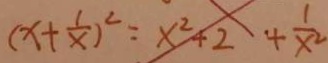
( x + \frac { 1 } { x } ) ^ { 2 } = x ^ { 2 } + 2 + \frac { 1 } { x ^ { 2 } }